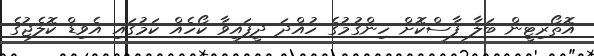
އޮތޯރިޓީން ބަލާ ފާސްކޮށް ހިންގުމުގެ ހުއްދަ ދީފައިވާ ކޯހެއް ކަމުގައި އެވިޑް ކޮލެޖުގެ